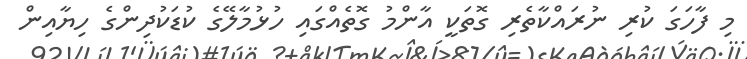
މި ފާހަގަ ކުރި ނުރައްކާތެރި ގޮތަކީ އާންމު ގޮތެއްގައި ހުޅުމާލޭގެ ކުޑަކުދިންގެ ހިޔާއިން